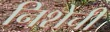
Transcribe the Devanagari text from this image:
निशेची